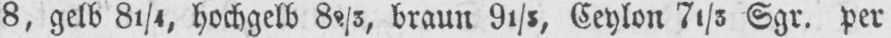
8, gelb 81/4, hochgelb 82/3, braun 91/5, Ceylon 71/5 Sgr. per